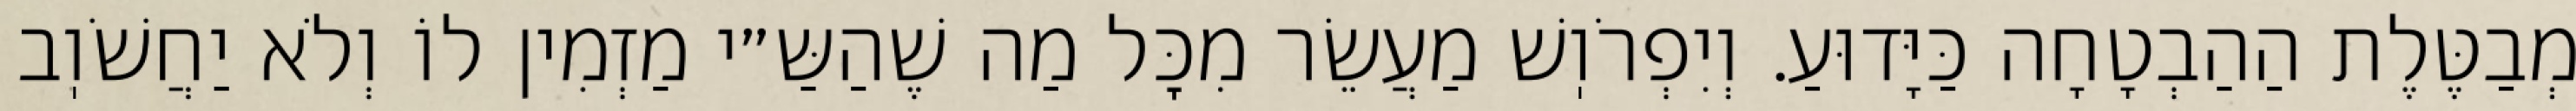
מְבַטֶּלֶת הַהַבְטָחָה כַּיָּדוּעַ. וְיִפְרֹוֽשׁ מַעֲשֵׂר מִכׇּל מַה שֶׁהַשַּ״י מַזְמִין לוֹ וְלֹא יַחֲשֹׁוֽב